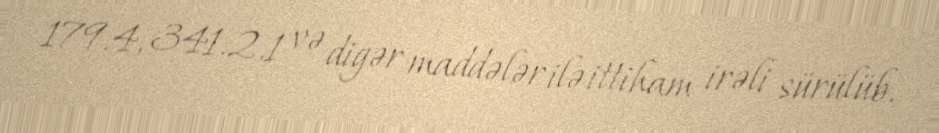
179.4, 341.2.1 və digər maddələr ilə ittiham irəli sürülüb.